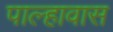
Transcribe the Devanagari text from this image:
पाल्हावास